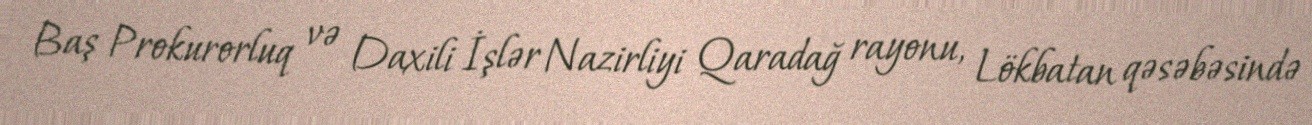
Baş Prokurorluq və Daxili İşlər Nazirliyi Qaradağ rayonu, Lökbatan qəsəbəsində